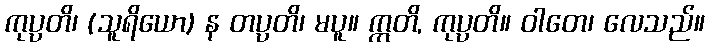
ကုပ္ပတိ၊ (သူရိယော) န တပ္ပတိ၊ မပူ။ ဣတိ, ကုပ္ပတိ။ ဝါတေ၊ လေသည်။